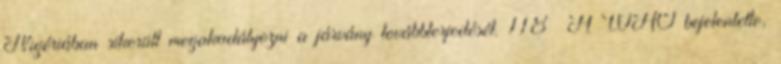
Nigériában sikerült megakadályozni a járvány továbbterjedését. 118 A WHO bejelentette,